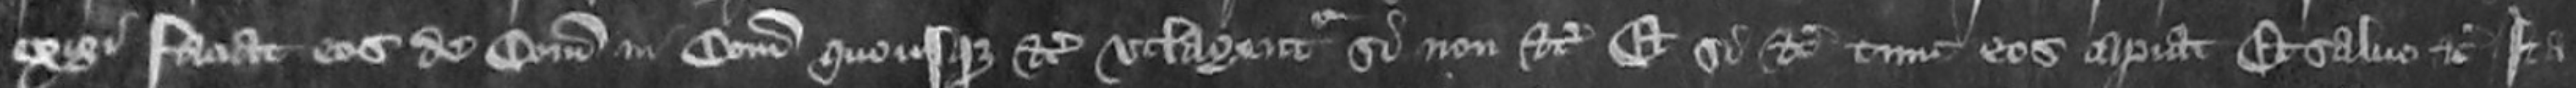
exigi faciat eos de comitatu in comitatum quousque etc utlagentur si non etc Et si etc tunc eos capiat Et salvo etc Ita